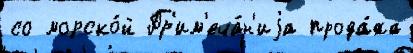
со морско́й Пр'им'еча́н'иjа прода́жа